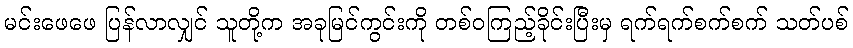
မင်းဖေဖေ ပြန်လာလျှင် သူတို့က အခုမြင်ကွင်းကို တစ်ဝကြည့်ခိုင်းပြီးမှ ရက်ရက်စက်စက် သတ်ပစ်